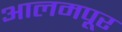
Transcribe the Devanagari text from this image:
आलमपूर